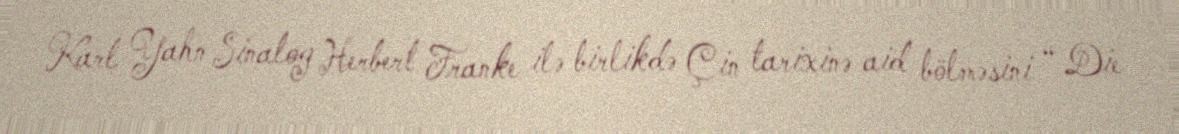
Karl Yahn Sinalog Herbert Franke ilə birlikdə Çin tarixinə aid bölməsini “ Die